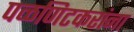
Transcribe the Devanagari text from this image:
पळणिटकरांना